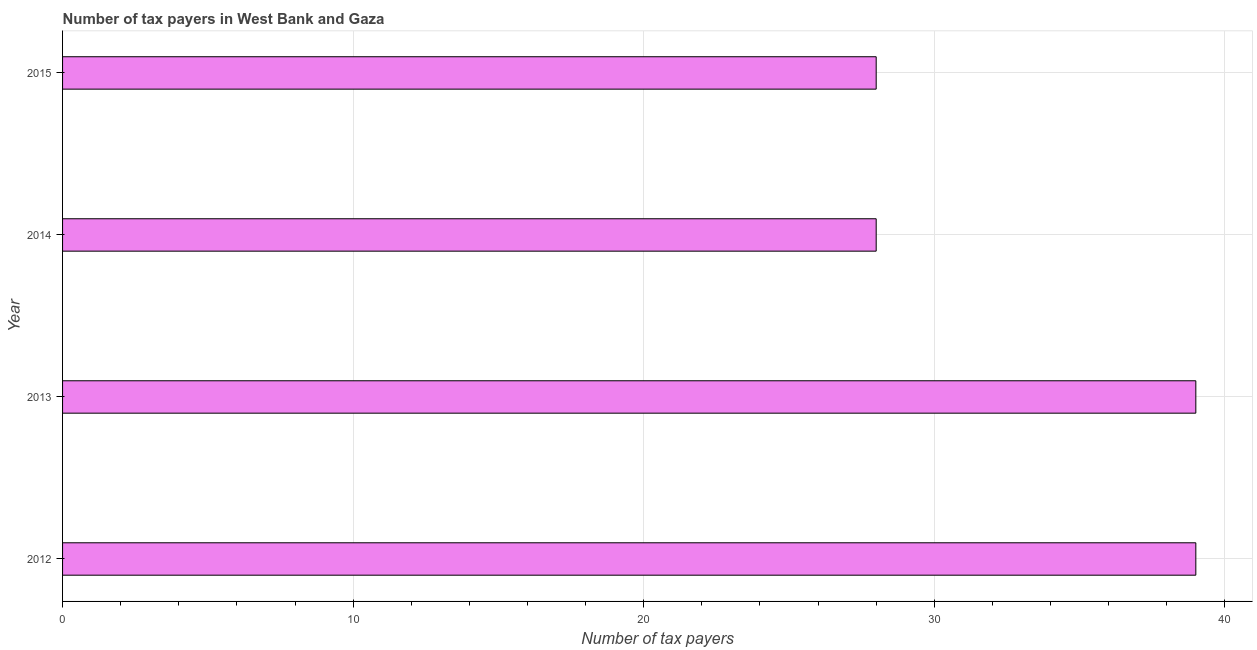
| Year | Tax payments |
 | --- | --- |
 | 2012 | 39 |
 | 2013 | 39 |
 | 2014 | 28 |
 | 2015 | 28 |